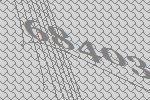
68403